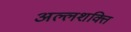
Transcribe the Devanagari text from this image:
अल्लशक्ति